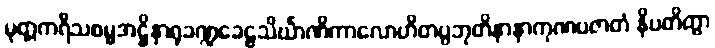
မုတ္တကရီသစမ္မအဋ္ဌိနှာရုခဏ္ဍခေဠသိင်္ဃာဏိကာလောဟိတပ္ပဘုတိနာနာကုဏပဇာတံ နိပတိတွာ